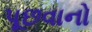
પૂછવાનો